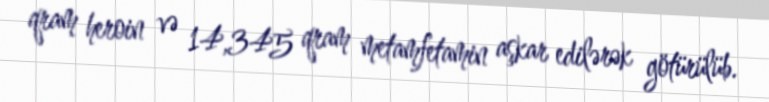
qram heroin və 14,345 qram metamfetamin aşkar edilərək götürülüb.